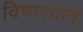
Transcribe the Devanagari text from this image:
विचारवान्